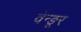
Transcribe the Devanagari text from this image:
वेन्ङूर